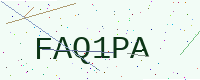
Text: FAQ1PA